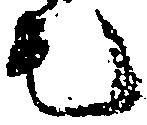
毛